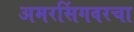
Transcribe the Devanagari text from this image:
अमरसिंगवरचा